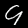
Label: 9